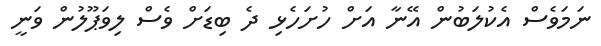
ނަމަވެސް އެކުލަބުން އޭނާ އަށް ހުށަހެޅި ދެ ބިޑަށް ވެސް ލިވަޕޫލުން ވަނީ